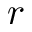
\boldsymbol { r }